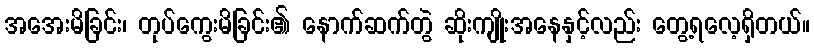
အအေးမိခြင်း၊ တုပ်ကွေးမိခြင်း၏ နောက်ဆက်တွဲ ဆိုးကျိုးအနေနှင့်လည်း တွေ့ရလေ့ရှိတယ်။